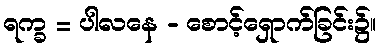
ရက္ခ = ပါလနေ - စောင့်ရှောက်ခြင်း၌။